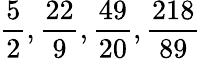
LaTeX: {\frac{5}{2}},{\frac{22}{9}},{\frac{49}{20}},{\frac{218}{89}}